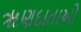
ૠણદાતાઓ